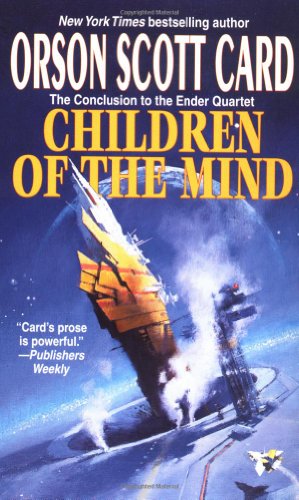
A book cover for Children of the Mind (The Ender Quintet); Orson Scott Card; Science Fiction & Fantasy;